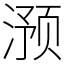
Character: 滪